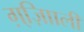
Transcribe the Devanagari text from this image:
ग़्ज़ाािली